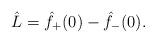
LaTeX: \begin{align*}\hat L=\hat f_+(0)-\hat f_-(0).\end{align*}